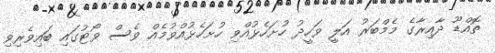
ތޮއްޑޫ ދާއިރާގެ މެމްބަރު އަލީ ވަހީދު ހުށަހެޅުއްވި ހުށަހެޅުއްވުމެއް ވެސް ވޯޓުގައި ބައިވެރިވި